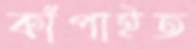
কাঁপাইত